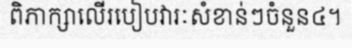
ពិភាក្សាលើរបៀបវារៈសំខាន់ៗចំនួន៤។